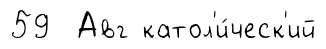
59 Авг катол'и́ческ'ий